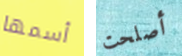
أسمها أصلحت